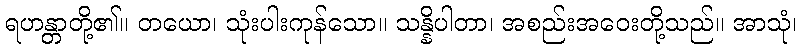
ရဟန္တာတို့၏။ တယော၊ သုံးပါးကုန်သော။ သန္နိပါတာ၊ အစည်းအဝေးတို့သည်။ အာသုံ၊